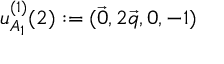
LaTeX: u _ { A _ { 1 } } ^ { ( 1 ) } ( 2 ) : = ( \vec { 0 } , 2 \vec { q } , 0 , - 1 )